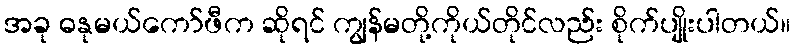
အခု ဓနုမယ်ကော်ဖီက ဆိုရင် ကျွန်မတို့ကိုယ်တိုင်လည်း စိုက်ပျိုးပါတယ်။